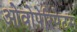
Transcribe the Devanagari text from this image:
ओवोपेरिपेटस